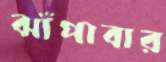
ঝাঁপাবার